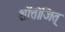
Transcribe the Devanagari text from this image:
शॉत्तोजित्